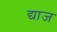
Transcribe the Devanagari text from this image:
द्याज